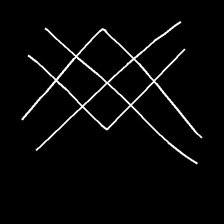
Glyph: crystal